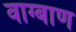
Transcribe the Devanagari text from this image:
वाग्बाण